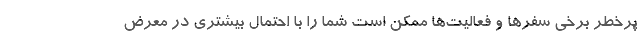
پرخطر برخی سفرها و فعالیت‌ها ممکن است شما را با احتمال بیشتری در معرض